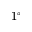
1 ^ { \circ }